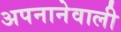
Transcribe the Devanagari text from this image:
अपनानेवाली